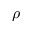
\rho